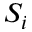
S _ { i }